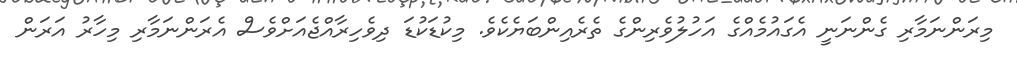
މިރަންނަމާރި ގެންނަނީ އެގައުމެއްގެ އަހުލުވެރިންގެ ތެރެއިންބަޔެކެވެ. މިކުޑަކުޑަ ދިވެހިރާއްޖެއަށްވެސް އެރަންނަމާރި މިހާރު އަރަން